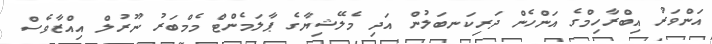
އަންވަރު އިބްރާހިމްގެ އަންހެން ދަރިކަނބަލުން އަދި މެލޭޝިޔާގެ ޕާލަމެންޓް މެމްބަރު ނޫރުލް އިއްޒާވެސް